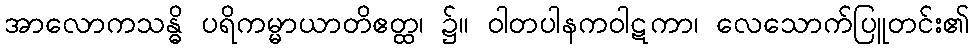
အာလောကသန္ဓိ ပရိကမ္မာယာတိဧတ္ထ၊ ၌။ ဝါတပါနကဝါဋကာ၊ လေသောက်ပြူတင်း၏